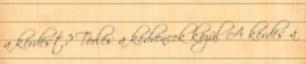
a kérdést? Törlés a kedvencek közül A kérdés a